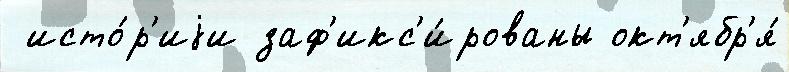
 исто́р'иjи заф'икс'и́рованы окт'ябр'я́